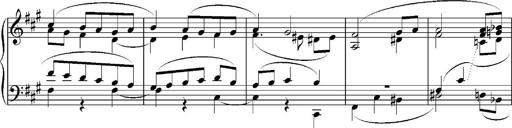
Title: Sonatina No.5
Composer: Otto Stoll
Key: F-sharp minor